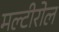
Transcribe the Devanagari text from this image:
मल्टीरोल